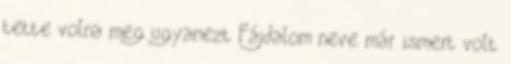
tette volna meg ugyanezt Fájdalom neve már ismert volt